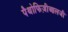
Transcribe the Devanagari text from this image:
पैथोफिज़ीआलजी